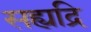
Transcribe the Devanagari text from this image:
सह्यद्रि